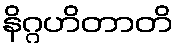
နိဂ္ဂဟိတာတိ